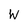
Character: W